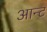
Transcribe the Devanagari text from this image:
आन्ट